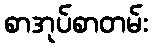
စာအုပ်စာတမ်း